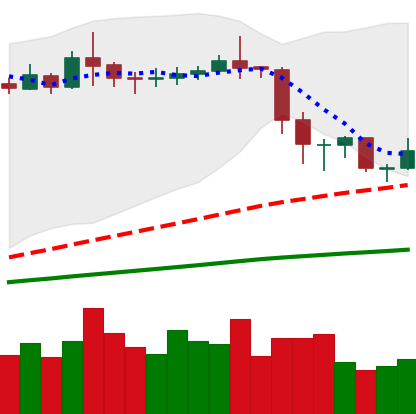
Ticker: ETC-USD
Chart end date: 2020-02-21
Forward return: -18.583%
Label: down_7plus